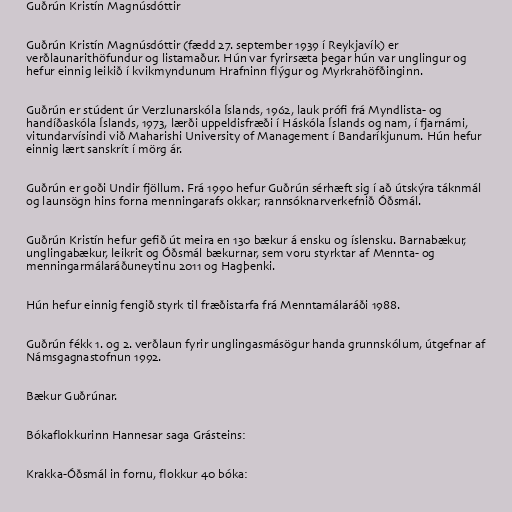
Guðrún Kristín Magnúsdóttir

Guðrún Kristín Magnúsdóttir (fædd 27. september 1939 í Reykjavík) er
verðlaunarithöfundur og listamaður. Hún var fyrirsæta þegar hún var unglingur og
hefur einnig leikið í kvikmyndunum Hrafninn flýgur og Myrkrahöfðinginn.

Guðrún er stúdent úr Verzlunarskóla Íslands, 1962, lauk prófi frá Myndlista- og
handíðaskóla Íslands, 1973, lærði uppeldisfræði í Háskóla Íslands og nam, í fjarnámi,
vitundarvísindi við Maharishi University of Management í Bandaríkjunum. Hún hefur
einnig lært sanskrít í mörg ár.

Guðrún er goði Undir fjöllum. Frá 1990 hefur Guðrún sérhæft sig í að útskýra táknmál
og launsögn hins forna menningarafs okkar; rannsóknarverkefnið Óðsmál.

Guðrún Kristín hefur gefið út meira en 130 bækur á ensku og íslensku. Barnabækur,
unglingabækur, leikrit og Óðsmál bækurnar, sem voru styrktar af Mennta- og
menningarmálaráðuneytinu 2011 og Hagþenki.

Hún hefur einnig fengið styrk til fræðistarfa frá Menntamálaráði 1988.

Guðrún fékk 1. og 2. verðlaun fyrir unglingasmásögur handa grunnskólum, útgefnar af
Námsgagnastofnun 1992.

Bækur Guðrúnar.

Bókaflokkurinn Hannesar saga Grásteins:

Krakka-Óðsmál in fornu, flokkur 40 bóka: